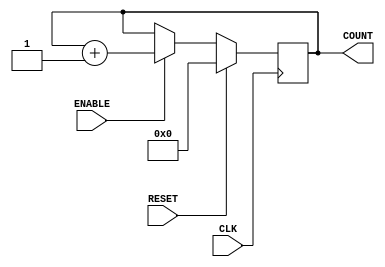
module counter4bit(CLK, RESET, ENABLE, COUNT);

input CLK;
input RESET;
input ENABLE;

output  [3:0] COUNT;
reg	[3:0]	COUNT;

always @ (posedge CLK) begin
	if (RESET == 1'b1) begin
		COUNT = 4'b0000;
	end
	else if (ENABLE == 1'b1) begin
		COUNT = COUNT + 4'b0001;
	end
end
endmodule